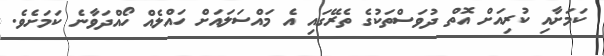
ކަމަށާއި ކުރިއަށް އޮތް ދުވަސްތަކުގެ ތެރޭގައި އެ މައްސަލައަށް ހައްލެއް ހޯއްދަވާނެ ކަމަށެވެ.